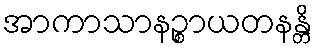
အာကာသာနဉ္စာယတနန္တိ